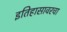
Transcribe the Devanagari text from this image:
इतिहासावरचा